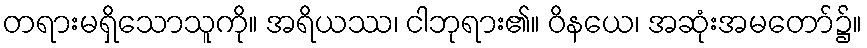
တရားမရှိသောသူကို။ အရိယဿ၊ ငါဘုရား၏။ ဝိနယေ၊ အဆုံးအမတော်၌။